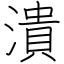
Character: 潰